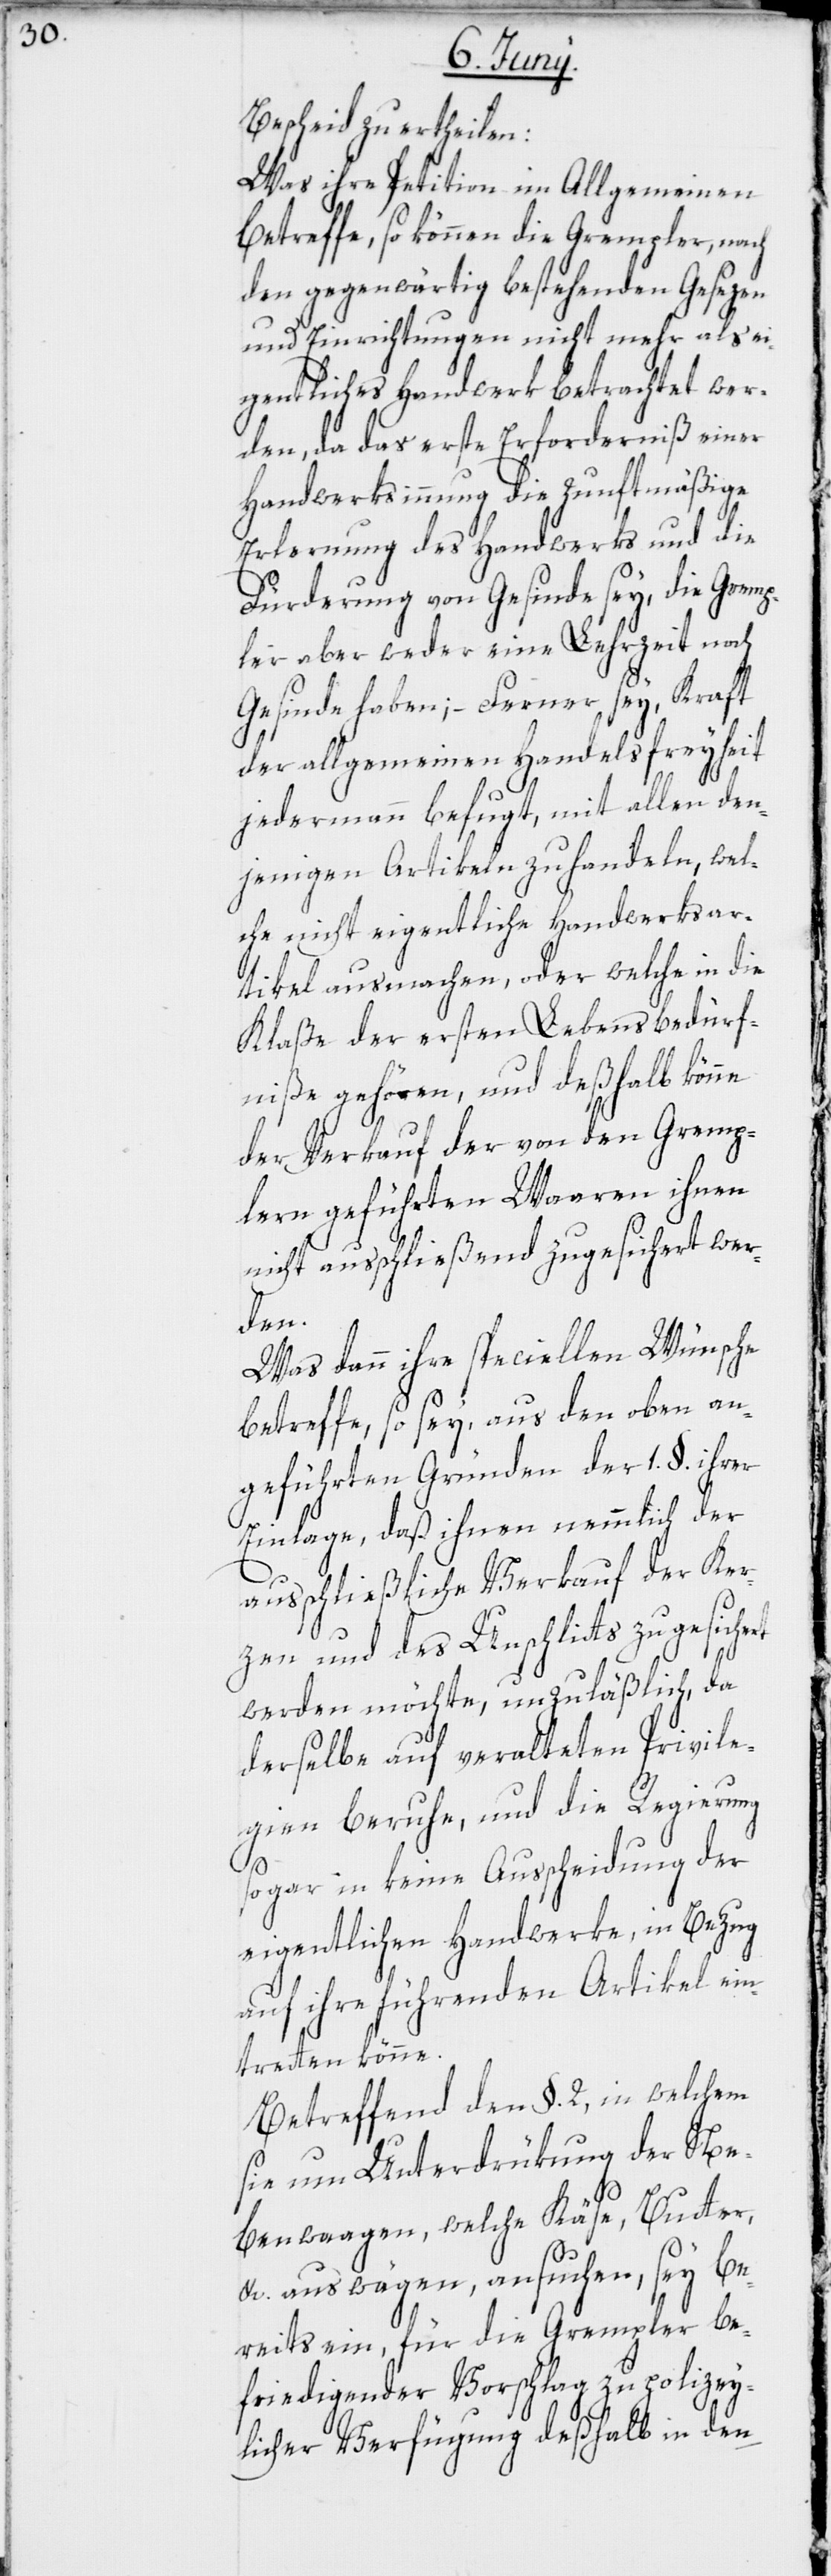
Bescheid zu ertheilen:
Was ihre Petition im Allgemeinen
betreffe, so können die Grempler, nach
den gegenwärtig bestehenden Gesezen
und Einrichtungen nicht mehr als ei¬
gentliches Handwerk betrachtet wer¬
den, da das erste Erforderniß einer
Handwerksinnung die zunftmäßige
Erlernung des Handwerks und die
Fürderung von Gesinde sey, die Gremp¬
ler aber weder eine Lehrzeit noch
Gesinde haben; – Ferner sey, Kraft
der allgemeinen Handelsfreyheit
jedermann befugt, mit allen den¬
jenigen Artikeln zu handeln, wel¬
che nicht eigentliche Handwerksar¬
tikel ausmachen, oder welche in die
Klaße der ersten Lebensbedürf¬
niße gehören, und deßhalb könne
der Verkauf der von den Gremp¬
lern geführten Waaren ihnen
nicht ausschließend zugesichert wer¬
den.
Was dann ihre speciellen Wünsche
betreffe, so sey, aus den oben an¬
geführten Gründen der 1. §. ihrer
Einlage, daß ihnen nemmlich der
ausschließliche Verkauf der Ker¬
zen und des Unschlitts zugesichert
werden möchte, unzuläßlich, da
derselbe auf veralteten Privile¬
gien beruhe, und die Regierung
sogar in keine Ausscheidung der
eigentlichen Handwerke, in Bezug
auf ihre führenden Artikel ein¬
tretten könne.
Betreffend den §. 2, in welchem
sie um Unterdrükung der Ne¬
benwaagen, welche Käse, Butter,
etc. auswägen, ansuchen, sey be¬
reits ein, für die Grempler be¬
friedigender Vorschlag zu polizey¬
licher Verfügung deßhalb in den